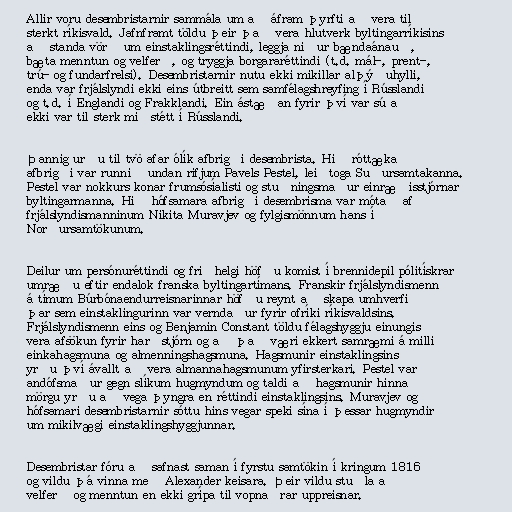
Allir voru desembristarnir sammála um að áfram þyrfti að vera til
sterkt ríkisvald. Jafnframt töldu þeir það vera hlutverk byltingarríkisins
að standa vörð um einstaklingsréttindi, leggja niður bændaánauð,
bæta menntun og velferð, og tryggja borgararéttindi (t.d. mál-, prent-,
trú- og fundarfrelsi). Desembristarnir nutu ekki mikillar alþýðuhylli,
enda var frjálslyndi ekki eins útbreitt sem samfélagshreyfing í Rússlandi
og t.d. í Englandi og Frakklandi. Ein ástæðan fyrir því var sú að
ekki var til sterk miðstétt í Rússlandi.

Þannig urðu til tvö afar ólík afbrigði desembrista. Hið róttæka
afbrigði var runnið undan rifjum Pavels Pestel, leiðtoga Suðursamtakanna.
Pestel var nokkurs konar frumsósíalisti og stuðningsmaður einræðisstjórnar
byltingarmanna. Hið hófsamara afbrigði desembrisma var mótað af
frjálslyndismanninum Nikita Muravjev og fylgismönnum hans í
Norðursamtökunum.

Deilur um persónuréttindi og friðhelgi höfðu komist í brennidepil pólitískrar
umræðu eftir endalok franska byltingartímans. Franskir frjálslyndismenn
á tímum Búrbónaendurreisnarinnar höfðu reynt að skapa umhverfi
þar sem einstaklingurinn var verndaður fyrir ofríki ríkisvaldsins.
Frjálslyndismenn eins og Benjamin Constant töldu félagshyggju einungis
vera afsökun fyrir harðstjórn og að það væri ekkert samræmi á milli
einkahagsmuna og almenningshagsmuna. Hagsmunir einstaklingsins
yrðu því ávallt að vera almannahagsmunum yfirsterkari. Pestel var
andófsmaður gegn slíkum hugmyndum og taldi að hagsmunir hinna
mörgu yrðu að vega þyngra en réttindi einstaklingsins. Muravjev og
hófsamari desembristarnir sóttu hins vegar speki sína í þessar hugmyndir
um mikilvægi einstaklingshyggjunnar.

Desembristar fóru að safnast saman í fyrstu samtökin í kringum 1816
og vildu þá vinna með Alexander keisara. Þeir vildu stuðla að
velferð og menntun en ekki grípa til vopnaðrar uppreisnar.